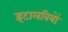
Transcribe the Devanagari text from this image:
इटालवियों